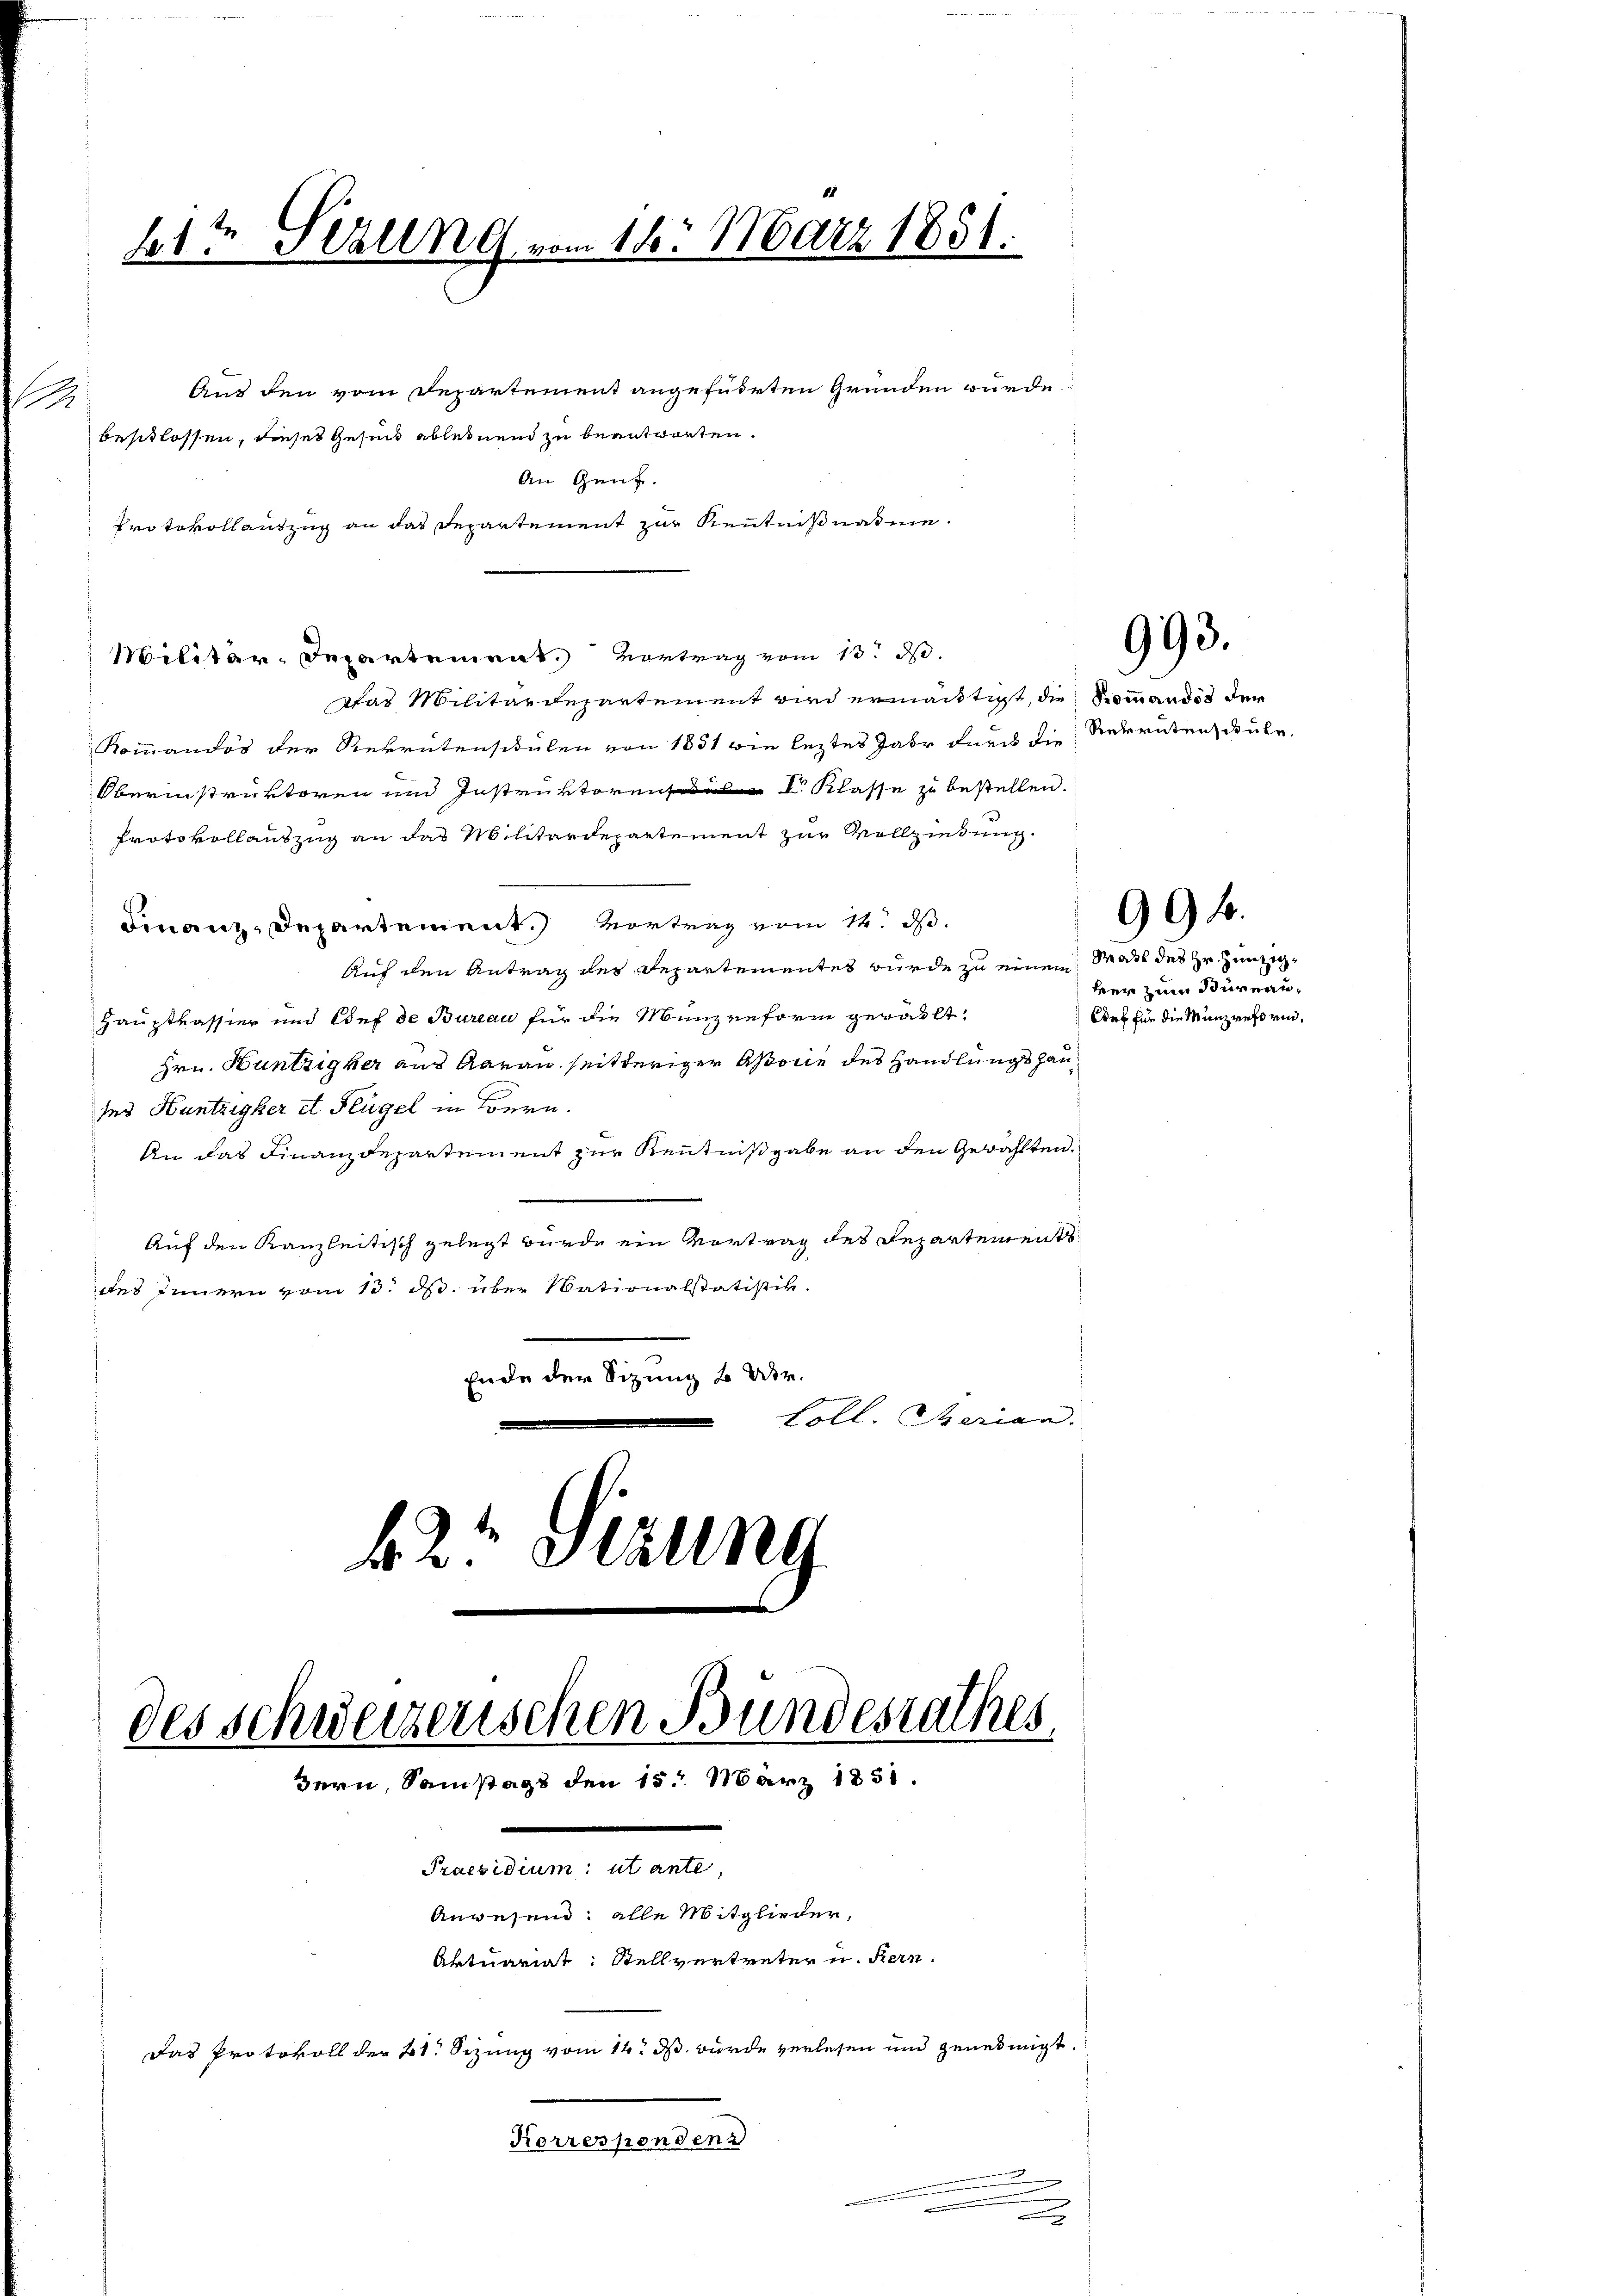
.

1te Sitzung vom 16. März 1851.

An Genf.
Protokollauszug an das Departement zur Kenntnißnahme.
das Militärdepartement wird ermächtigt, die Sommandot der
Kommandos der Rekrutensitälen von 1831 wie leztes Jahr durch die Rekruten doule
Oberinstruktoren und Instruktoren I. Klasse zu bestellen.
Protokollauszug an das Militärdepartement zur Vollziehung.
Finanz-Departement.) Vortrag vom 14. d.
Auf den Antrag der Departementes wurde zu einem
Hauptkassier und Tief de Bureau für die Münzreform geratht,
Hrn. Hüntziger aus Aarau, seitheriger Associe des Handlungshausei Huntzigker et Flügel in Bern.
An das Finanzdepartement zur Kenntnißgabe an den Gewählten.
Auf den Kanzleitisch gelegt wurde ein Vortrag des Departement
des Innern vom 13. ds. über Nationalstatistik.
Ende der Sizung 2 Uhr.
Loll. Serian.
42 Stuung

beschlossen, dieses Gesund ablehnend zu beantworten.

Militär-Departement. Vortrag vom 13. d.

Aus den vom Departement angeführten Grunden würde

des Schweizerischen Bundesrathes
Bern, Samstags den 15. März 1831.
Praesidium: ut ante,
Anwesend: alle Mitglieder,
Aktuariat: Stellvertreter u. Rein¬
Das Protokoll der 21. Sizung vom 14. J. wurde verlesen und genehmigt.
Korresponden

Mahl des Hr. Hunzigher zum Bureau¬
Def für die Münzreferin¬

993.

99 f.